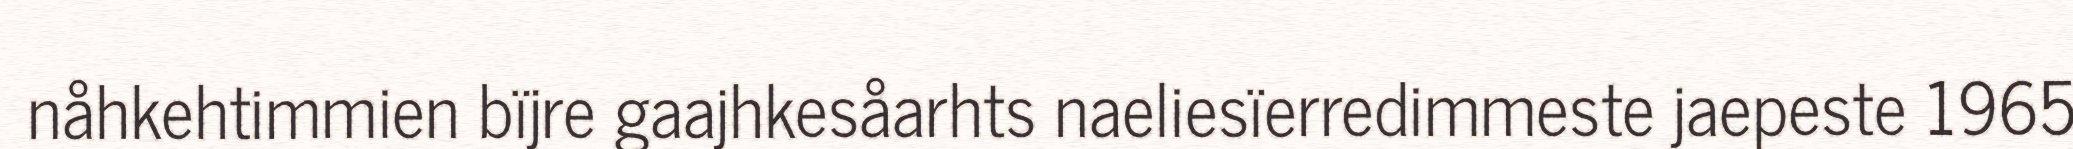
nåhkehtimmien bïjre gaajhkesåarhts naeliesïerredimmeste jaepeste 1965